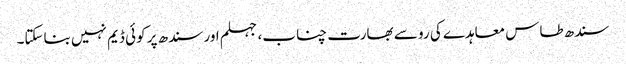
سندھ طاس معاہدے کی رو سے بھارت چناب، جہلم اور سندھ پر کوئی ڈیم نہیں بناسکتا۔